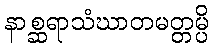
နာစ္ဆရာသံဃာတမတ္တမ္ပိ